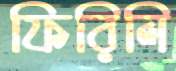
ফিরিলি